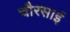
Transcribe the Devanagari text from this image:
चौरसाई